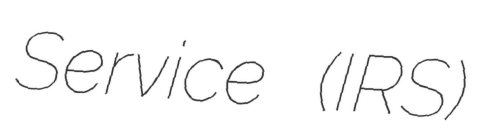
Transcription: Service (IRS)